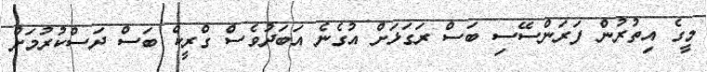
މީގެ އިތުރުން ފަރަންސޭސި ބަސް ރަގަޅަށް އުގެނެ އަބަދުވެސް ގްރީކް ބަސް ދަސްކުރުމަށް